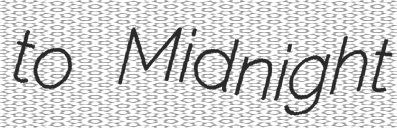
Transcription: to Midnight